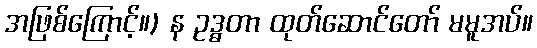
အဖြစ်ကြောင့်။) န ဥဒ္ဓတာ ထုတ်ဆောင်တော် မမူအပ်။